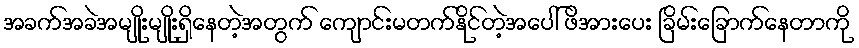
အခက်အခဲအမျိုးမျိုးရှိနေတဲ့အတွက် ကျောင်းမတက်နိုင်တဲ့အပေါ် ဖိအားပေး ခြိမ်းခြောက်နေတာကို